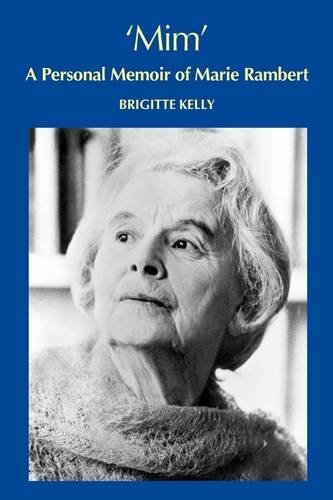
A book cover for Mim, a personal memoir of Marie Rambert; Brigitte Kelly; Biographies & Memoirs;